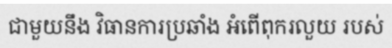
ជាមួយនឹង វិធានការប្រឆាំង អំពើពុករលួយ របស់